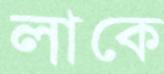
লাকে